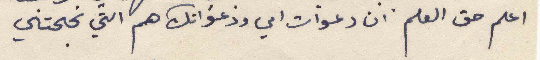
اعلم حق العلم ان دعوات امي ودعواتك هم التي نجحتني